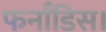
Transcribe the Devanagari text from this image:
फर्नांडिस।